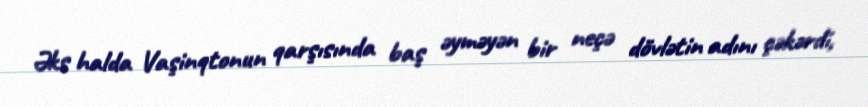
Əks halda Vaşinqtonun qarşısında baş əyməyən bir neçə dövlətin adını çəkərdi,